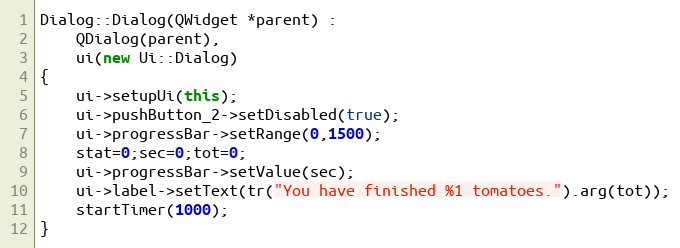
Language: C++
Dialog::Dialog(QWidget *parent) :
    QDialog(parent),
    ui(new Ui::Dialog)
{
    ui->setupUi(this);
    ui->pushButton_2->setDisabled(true);
    ui->progressBar->setRange(0,1500);
    stat=0;sec=0;tot=0;
    ui->progressBar->setValue(sec);
    ui->label->setText(tr("You have finished %1 tomatoes.").arg(tot));
    startTimer(1000);
}